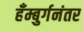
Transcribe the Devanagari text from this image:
हँम्बुर्गनंतर